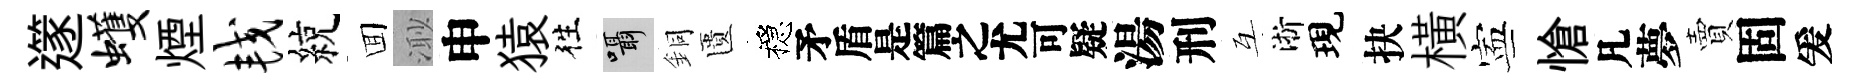
𨗹蠖煙较綂囬𣺌申猿徃囁銅匱穩待湯刑互淅現抉横寕愴凡夢賣固爰